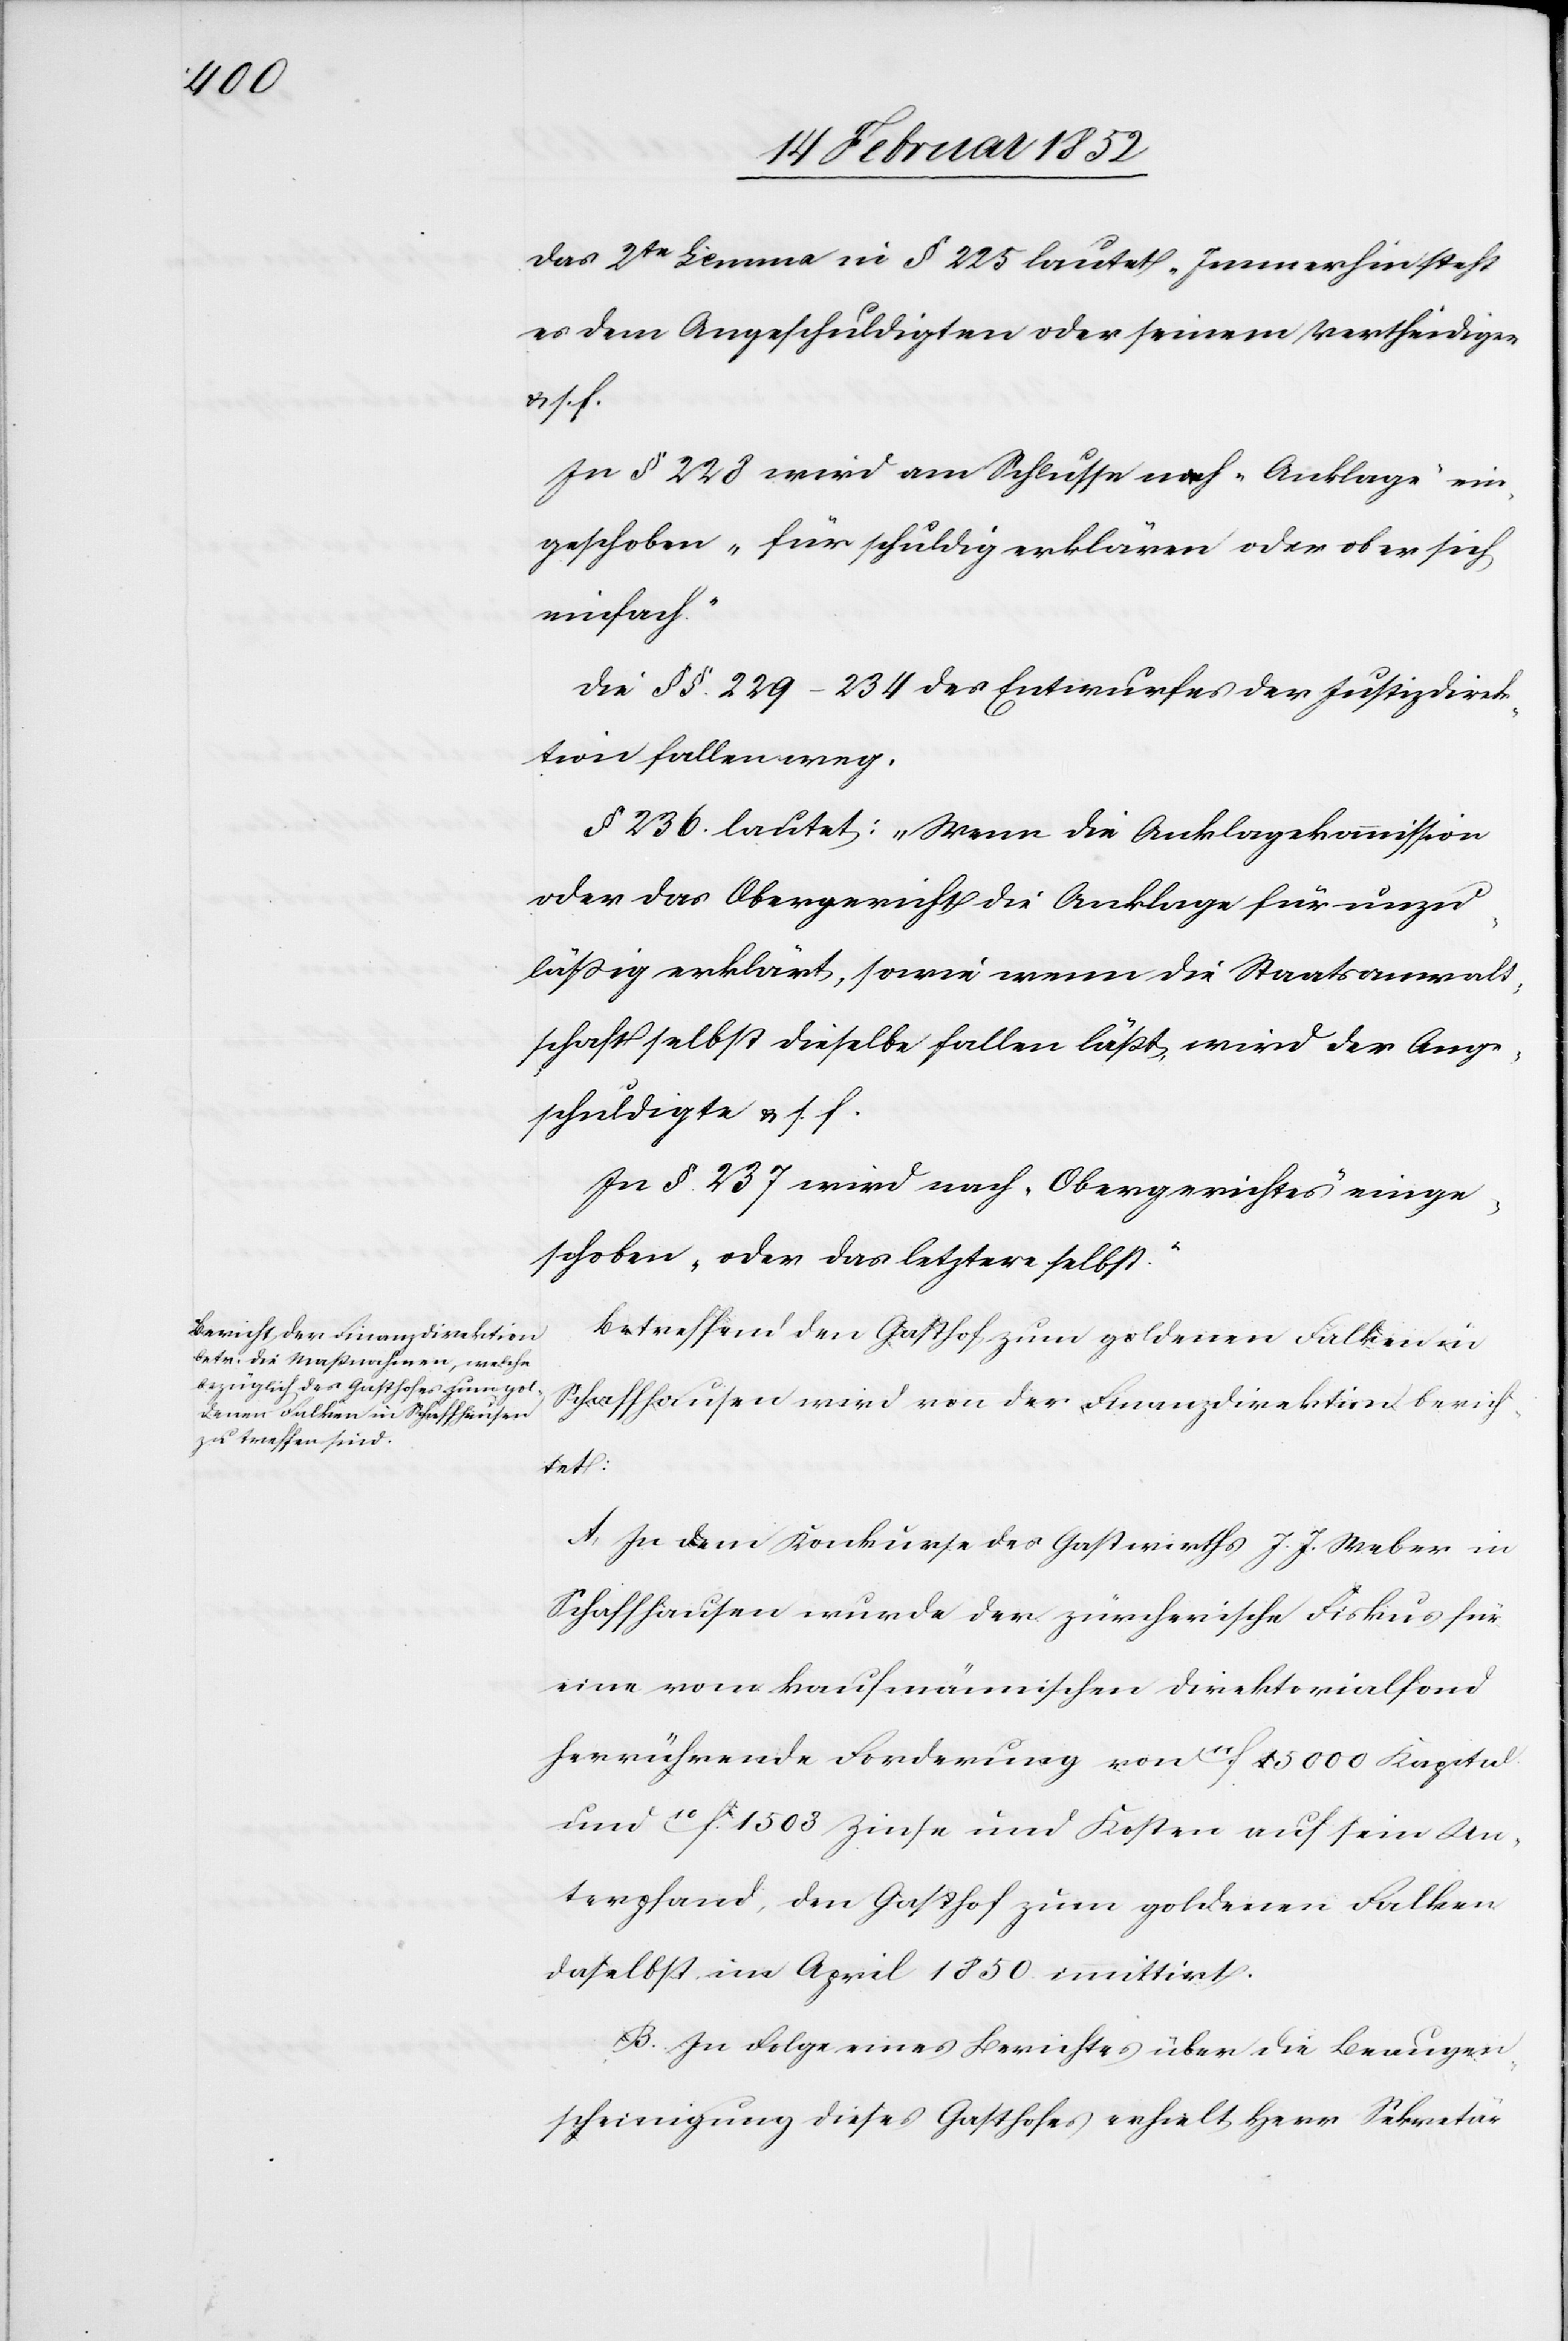
Das 2te Lemma in § 225 lautet „Immerhin steht
es dem Angeschuldigten oder seinem Vertheidiger
u. s. f.
In § 228 wird am Schluss nach „Anklage“ ein¬
geschoben „für schuldig erklären oder aber sich
einfach“
Die §§. 229–234 des Entwurfes der Justizdirek¬
tion fallen weg.
§ 236. lautet: „Wenn die Anklagekommission
oder das Obergericht die Anklage für unzu¬
läßig erklärt, sowie wenn die Staatsanwalt¬
schaft selbst dieselbe fallen läßt, wird der Ange¬
schuldigte u. s. f.
In §. 237 wird nach „Obergerichtes“ einge¬
schoben „oder das letztere selbst.“
Betreffend den Gasthof zum goldenen Falken in
Schaffhausen wird von der Finanzdirektion berich¬
tet:
A) In dem Konkurse des Gastwirths J. J. Weber in
Schaffhausen wurde der zürcherische Fiskus für
eine vom kaufmännischen Direktorialfond
herrührende Forderung von 11f 15 000 Kapital
und 10f. 1508 Zinse und Kosten auf sein Un¬
terpfand, den Gasthof zum goldenen Falken
daselbst im April 1850 immittirt.
B. In Folge eines Berichtes über die Beaugen¬
scheinigung dieses Gasthofes erhielt Herr Sekretär